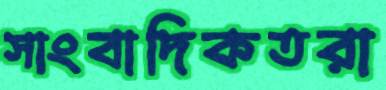
সাংবাদিকতরা